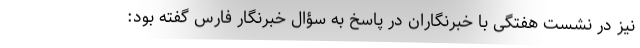
نیز در نشست هفتگی با خبرنگاران در پاسخ به سؤال خبرنگار فارس گفته بود: